Calcutta medical institutions reports 1892-1900
Year: 1892
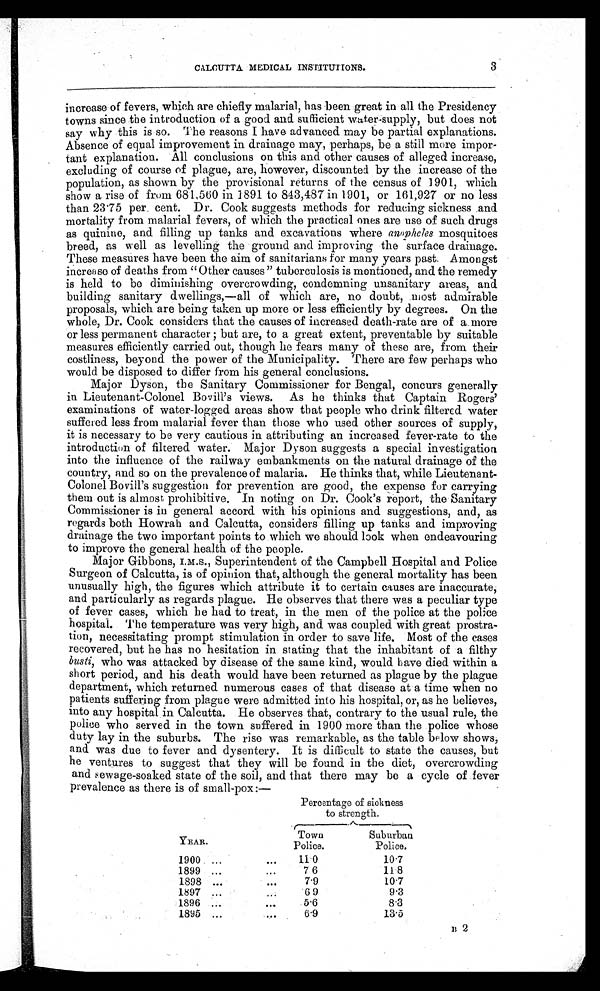
3
CALCUTTA MEDICAL INSTITUTIONS.
increase of fevers, which are chiefly malarial, has been great in all the Presidency
towns since the introduction of a good and sufficient water-supply, but does not
say why this is so. The reasons I have advanced may be partial explanations.
Absence of equal improvement in drainage may, perhaps, be a still more impor
-tant explanation. All conclusions on this and other causes of alleged increase,
excluding of course of plague, are, however, discounted by the increase of the
population, as shown by the provisional returns of the census of 1901, which
show a rise of from 681,560 in 1891 to 843,487 in 1901, or 161,927 or no less
than 23.75 per cent. Dr. Cook suggests methods for reducing sickness and
mortality from malarial fevers, of which the practical ones are use of such drugs
as quinine, and filling up tanks and excavations where anopheles mosquitoes
breed, as well as levelling the ground and improving the surface drainage.
These measures have been the aim of sanitarians for many years past. Amongst
increase of deaths from "Other causes" tuberculosis is mentioned, and the remedy
is held to be diminishing overcrowding, condemning unsanitary areas, and
building sanitary dwellings,—all of which are, no doubt, most admirable
proposals, which are being taken up more or less efficiently by degrees. On the
whole, Dr. Cook considers that the causes of increased death-rate are of a more
or less permanent character ; but are, to a great extent, preventable by suitable
measures efficiently carried out, though he fears many of these are, from their
costliness, beyond the power of the Municipality. There are few perhaps who
would be disposed to differ from his general conclusions.
Major Dyson, the Sanitary Commissioner for Bengal, concurs generally
in Lieutenant-Colonel Bovill's views. As he thinks that Captain Rogers'
examinations of water-logged areas show that people who drink filtered water
suffered less from malarial fever than those who used other sources of supply,
it is necessary to be very cautious in attributing an increased fever-rate to the
introduction of filtered water. Major Dyson suggests a special investigation
into the influence of the railway embankments on the natural drainage of the
country, and so on the prevalence of malaria. He thinks that, while Lieutenant
-Colonel Bovill's suggestion for prevention are good, the expense for carrying
them out is almost prohibitive. In noting on Dr. Cook's report, the Sanitary
Commissioner is in general accord with his opinions and suggestions, and, as
regards both Howrah and Calcutta, considers filling up tanks and improving
drainage the two important points to which we should look when endeavouring
to improve the general health of the people.
Major Gibbons, I.M.S., Superintendent of the Campbell Hospital and Police
Surgeon of Calcutta, is of opinion that, although the general mortality has been
unusually high, the figures which attribute it to certain causes are inaccurate,
and particularly as regards plague. He observes that there was a peculiar type
of fever cases, which he had to treat, in the men of the police at the police
hospital. The temperature was very high, and was coupled with great prostra
-tion, necessitating prompt stimulation in order to save life. Most of the cases
recovered, but he has no hesitation in stating that the inhabitant of a filthy
b usti, who was attacked by disease of the same kind, would have died within a
short period, and his death would have been returned as plague by the plague
department, which returned numerous cases of that disease at a time when no
patients suffering from plague were admitted into his hospital, or, as he believes,
into any hospital in Calcutta. He observes that, contrary to the usual rule, the
police who served in the town suffered in 1900 more than the police whose
duty lay in the suburbs. The rise was remarkable, as the table below shows,
and was due to fever and dysentery. It is difficult to state the causes, but
he ventures to suggest that they will be found in the diet, overcrowding
and sewage-soaked state of the soil, and that there may be a cycle of fever
prevalence as there is of small-pox:—
Percentage of sickness
to strength.
YEAR.
Town
Police.
Suburban
Police.
1900
11.0
10.7
1899
7 6
11.8
1898
7.9
10.7
1897
6 9
9.3
1896
5.6
8.3
1895
6.9
13.5
13 2